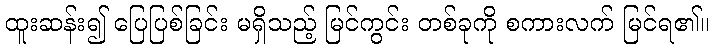
ထူးဆန်း၍ ပြေပြစ်ခြင်း မရှိသည့် မြင်ကွင်း တစ်ခုကို စကားလက် မြင်ရ၏။